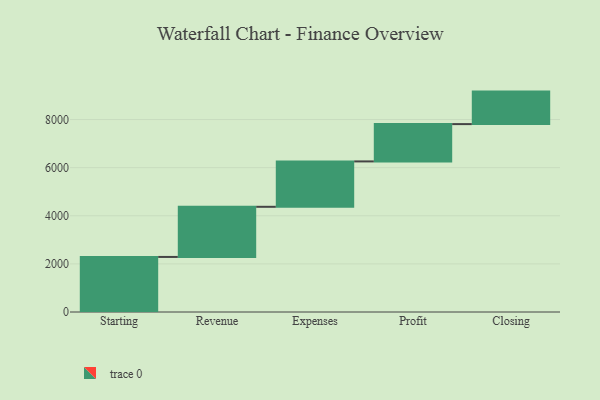
{"axis": {"x": "Step", "y": "Value"}, "legend": [""], "data": [{"x": "Starting", "y": 2289.0, "type": ""}, {"x": "Revenue", "y": 2084.0, "type": ""}, {"x": "Expenses", "y": 1887.0, "type": ""}, {"x": "Profit", "y": 1551.0, "type": ""}, {"x": "Closing", "y": 1351.0, "type": ""}]}